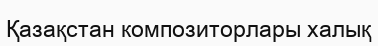
Қазақстан композиторлары халық